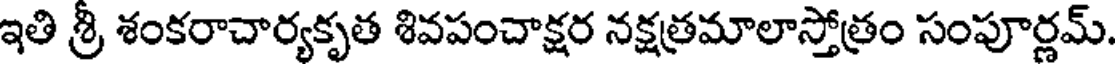
ఇతి శ్రీ శంకరాచార్యకృత శివపంచాక్షర నక్షత్రమాలాస్తోత్రం సంపూర్ణమ్.